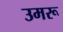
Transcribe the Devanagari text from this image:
उमरू